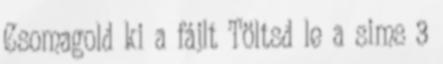
Csomagold ki a fájlt Töltsd le a sims 3